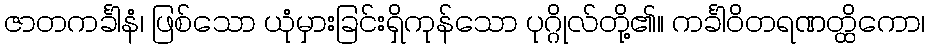
ဇာတကင်္ခါနံ၊ ဖြစ်သော ယုံမှားခြင်းရှိကုန်သော ပုဂ္ဂိုလ်တို့၏။ ကင်္ခါဝိတရဏတ္ထိကော၊